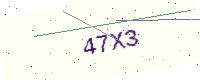
Text: 47X3